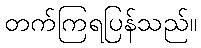
တက်ကြရပြန်သည်။